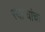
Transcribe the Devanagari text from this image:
स्वार्‍यांचा